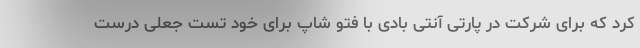
کرد که برای شرکت در پارتی آنتی بادی با فتو شاپ برای خود تست جعلی درست